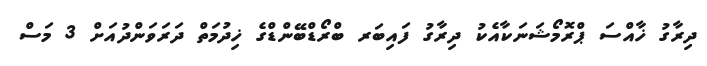
ދިރާގު ޚާއްސަ ޕްރޮމޯޝަނަކާއެކު ދިރާގު ފައިބަރ ބްރޯޑްބޭންޑްގެ ޚިދުމަތް ދަރަވަންދުއަށް 3 މަސް